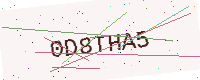
Text: 0D8THA5